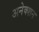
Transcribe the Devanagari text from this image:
अनेक्शन